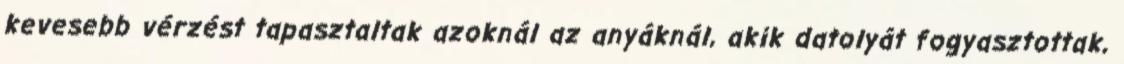
kevesebb vérzést tapasztaltak azoknál az anyáknál, akik datolyát fogyasztottak,